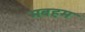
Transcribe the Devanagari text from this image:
मबहम